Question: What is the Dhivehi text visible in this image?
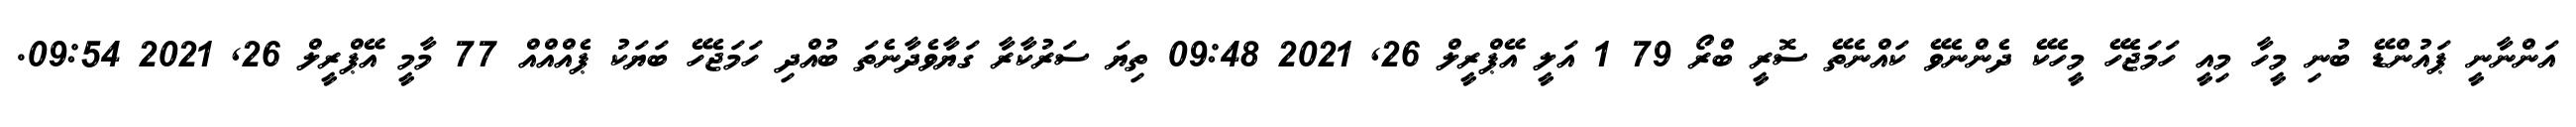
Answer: އަންނާނީ ޕައުންޑޭ ބުނި މީހާ މިއީ ހަމަޖެހޭ މީހެކޭ ދެންނެވޭ ކައްނެތޭ ސޮރީ ބްރޯ 79 1 އަލީ އޭޕްރީލް 26, 2021 09:48 ތިޔަ ސަރުކާރާ ގަޔާވެދާނެތަ ބުއްދި ހަމަޖެހޭ ބަޔަކު ޕެއްއްއް 77 މާމީ އޭޕްރީލް 26, 2021 09:54.